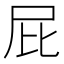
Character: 屁